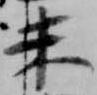
未